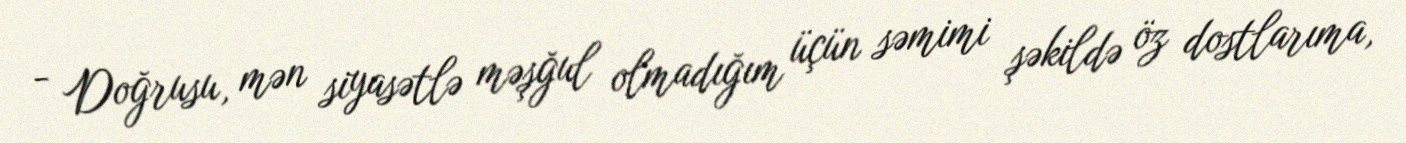
- Doğrusu, mən siyasətlə məşğul olmadığım üçün səmimi şəkildə öz dostlarıma,